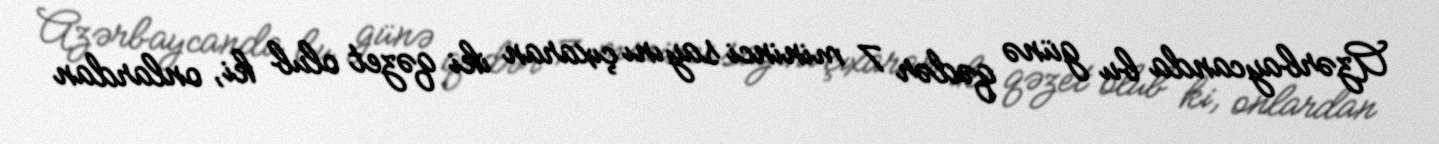
Azərbaycanda bu günə qədər 7 mininci sayını çıxaran iki qəzet olub ki, onlardan